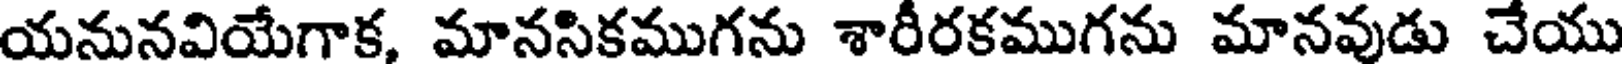
యనునవియేగాక, మానసికముగను శారీరకముగను మానవుడు చేయు